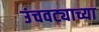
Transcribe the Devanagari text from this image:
उंचवट्याच्या